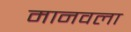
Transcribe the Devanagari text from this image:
मानवला